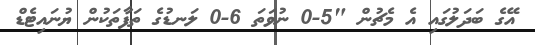
އޭގެ ބަދަލުގައި އެ މެޗުން "5-0 ނުވަތަ 6-0 ލަނޑުގެ ތަފާތަކުން ޔުނައިޓެޑް